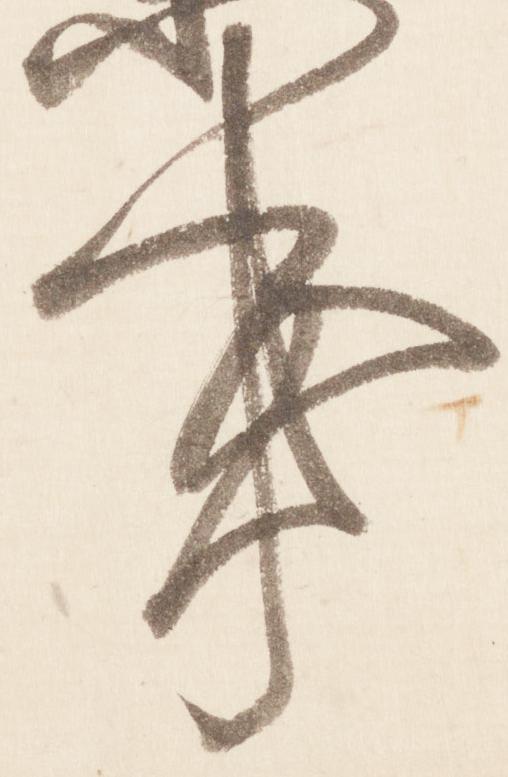
亊